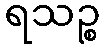
ရသဉ္စ